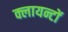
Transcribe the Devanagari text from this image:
क्लायन्टों